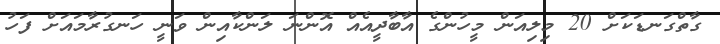
ގާތްގަނޑަކަށް 20 މިލިއަން މީހުންގެ އާބާދީއެއް އޮންނަ ލަންކާއިން ވަނީ ހަނގުރާމައަށް ފަހު